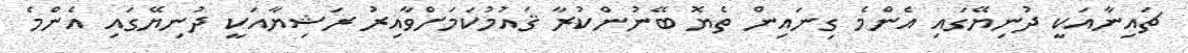
ޗައިނާއަކީ ދުނިޔޭގައި އެންމެ ގިނައިން ތެޔޮ ބޭނުންކުރާ ޤައުމުކަމަށްވާއިރު ރަޝިޔާއަކީ ދުނިޔޭގައި އެންމެ